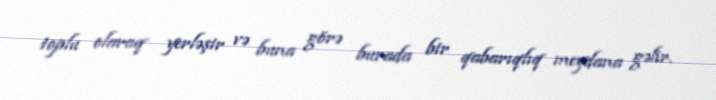
toplu olaraq yerləşir və buna görə burada bir qabarıqlıq meydana gəlir.